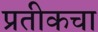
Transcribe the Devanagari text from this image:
प्रतीकचा